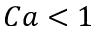
C a < 1